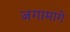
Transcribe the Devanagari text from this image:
जगामागे